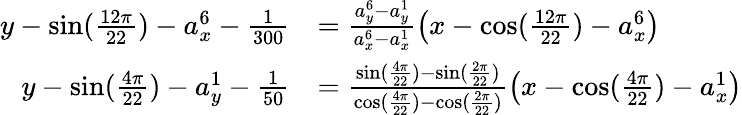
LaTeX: \begin{array}{rl}{y-\sin(\frac{12\pi}{22})-a_{x}^{6}-\frac{1}{300}}&{=\frac{a_{y}^{6}-a_{y}^{1}}{a_{x}^{6}-a_{x}^{1}}\left(x-\cos(\frac{12\pi}{22})-a_{x}^{6}\right)}\\ {y-\sin(\frac{4\pi}{22})-a_{y}^{1}-\frac{1}{50}}&{=\frac{\sin(\frac{4\pi}{22})-\sin(\frac{2\pi}{22})}{\cos(\frac{4\pi}{22})-\cos(\frac{2\pi}{22})}\left(x-\cos(\frac{4\pi}{22})-a_{x}^{1}\right)}\end{array}